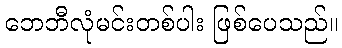
ဘေဘီလုံမင်းတစ်ပါး ဖြစ်ပေသည်။